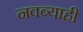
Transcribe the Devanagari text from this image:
नवब्याही